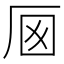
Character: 𠩌